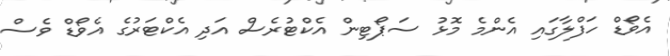
އެވޯޑް ހަފްލާގައި އެންމެ މޮޅު ސަޕޯޓިން އެކްޓުރެސް އަދި އެކްޓަރުގެ އެވޯޑް ވެސް